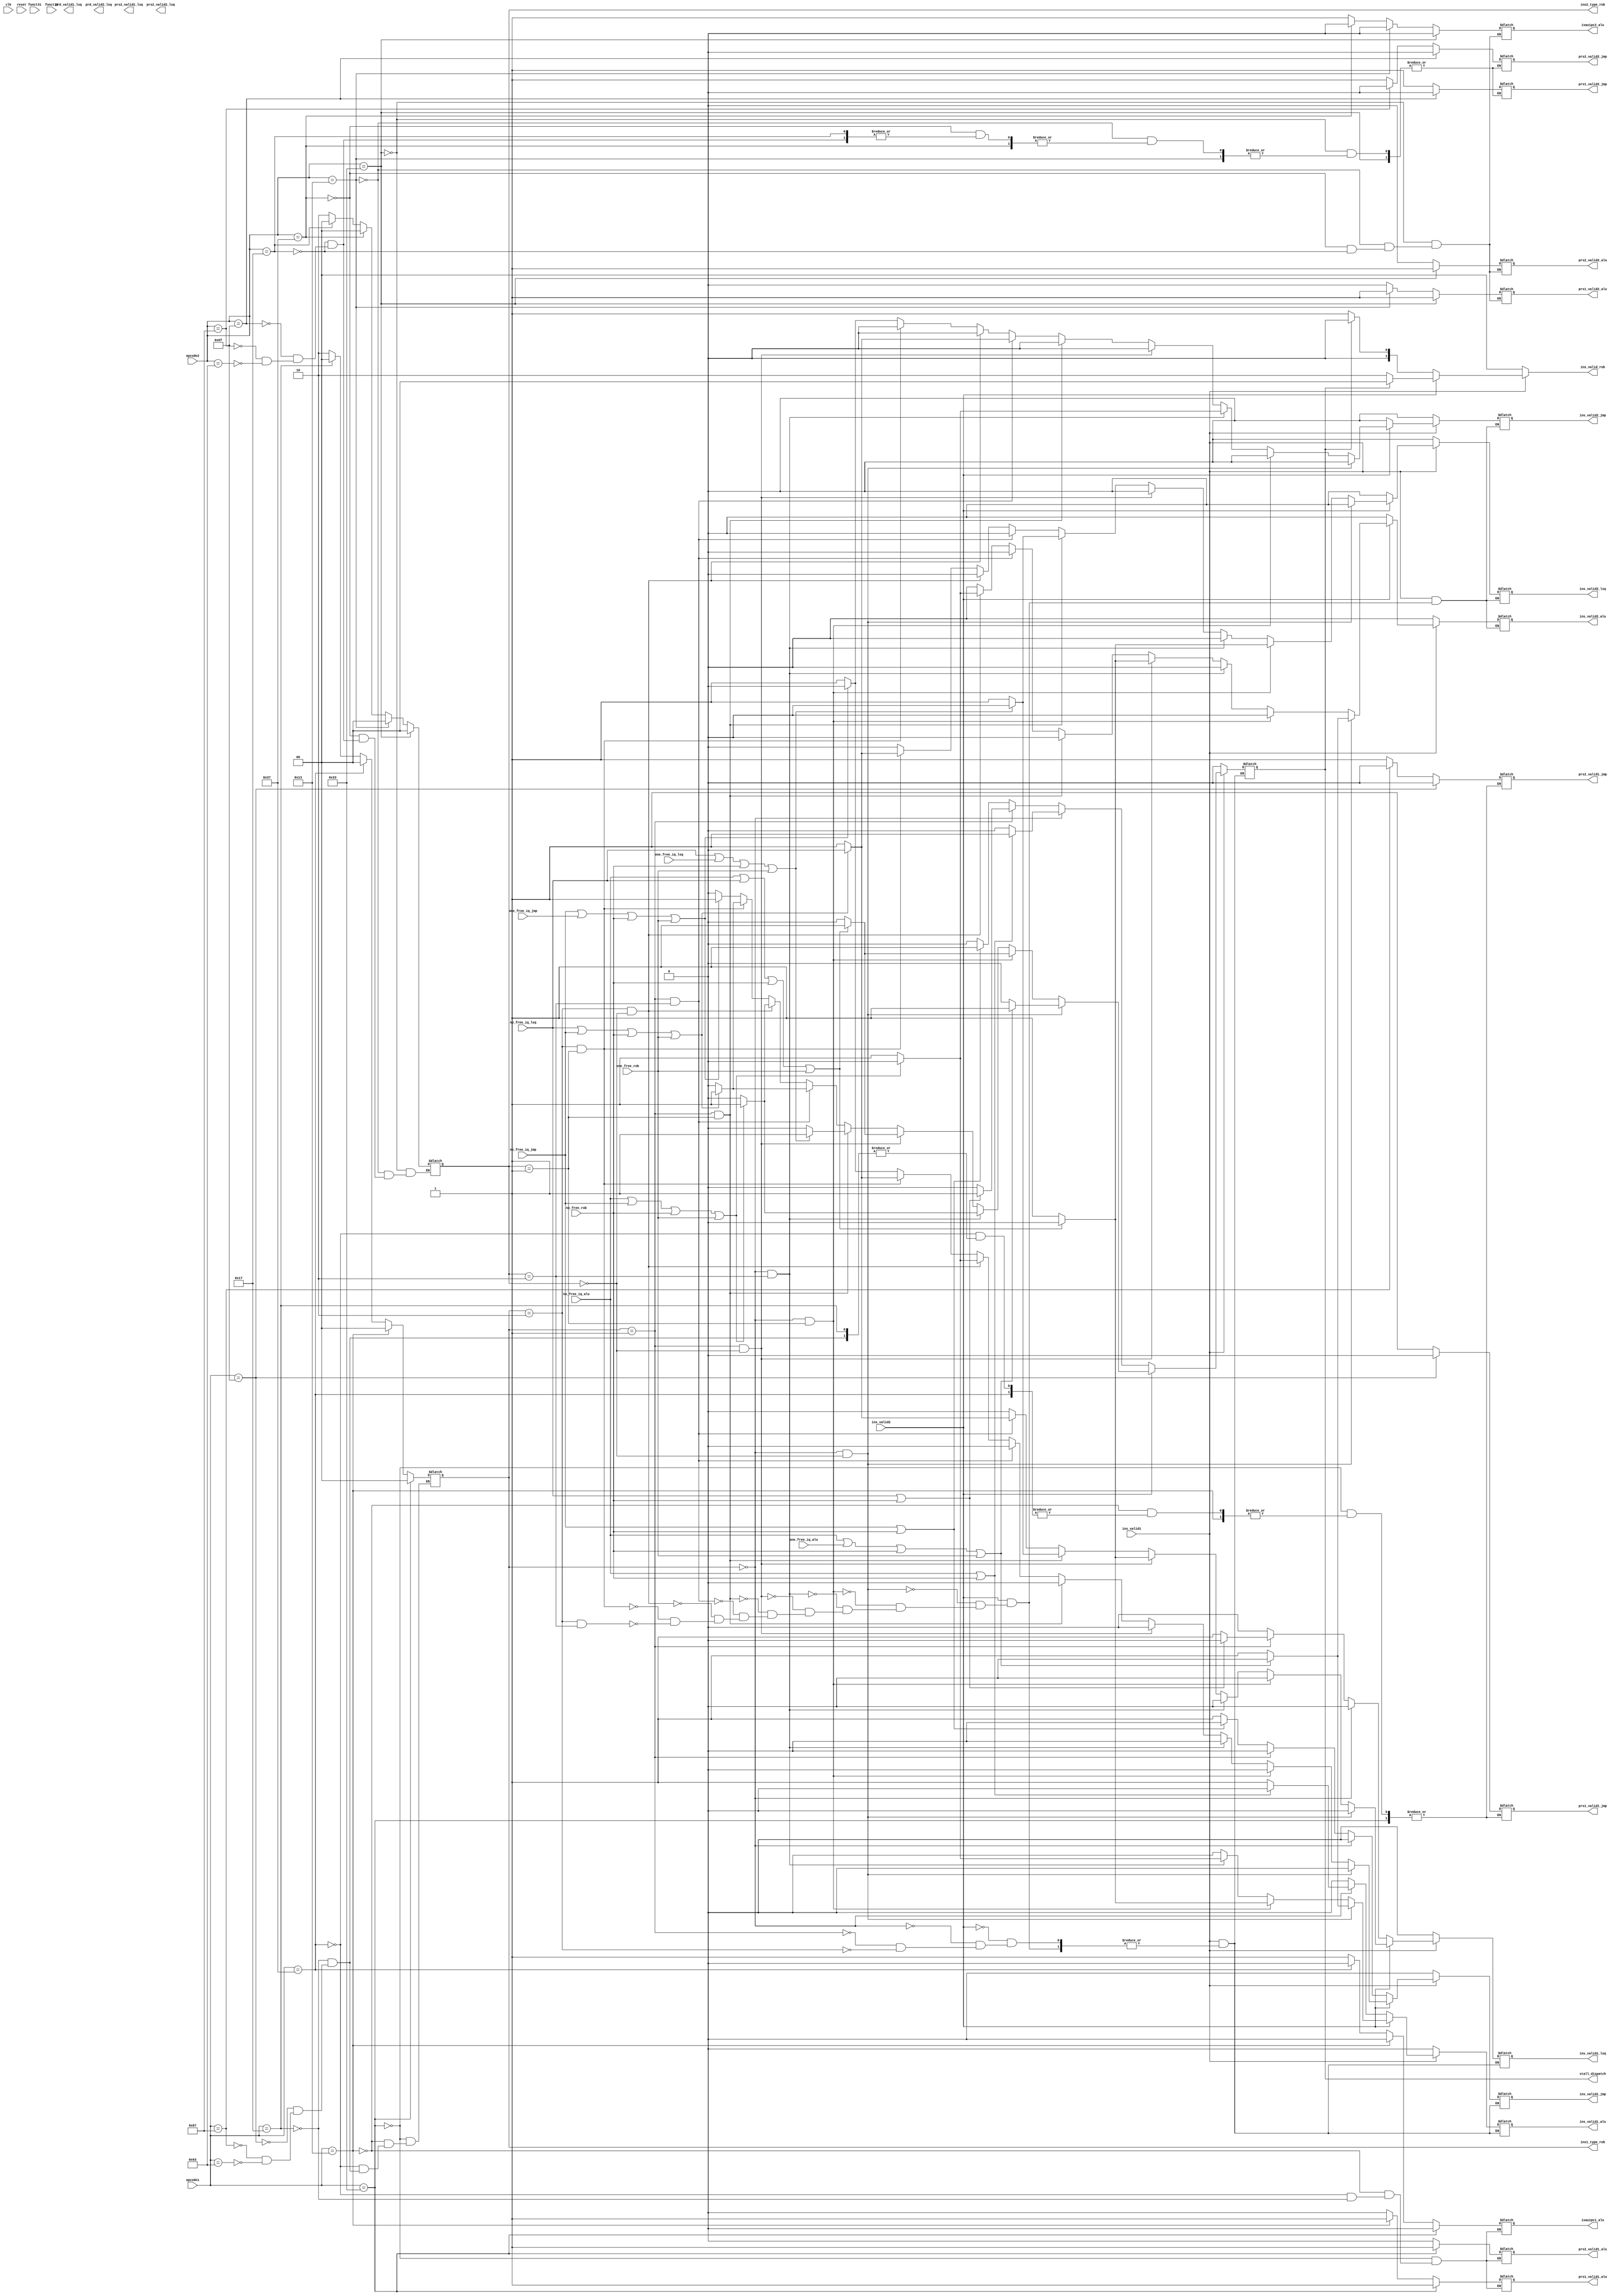
module stage_dispatch (
    input clk,
    input reset,
    
    input [6:0] opcode1,
    //input [5:0] prd1,
    //input [5:0] oprd1,
    //input [5:0] prs11,
    //input [5:0] prs21,
    input [2:0] funct31,
    //input [6:0] funct71,
    //input [11:0] csr1,
    input ins_valid1,
    input [6:0] opcode2,
    //input [5:0] prd2,
    //input [5:0] oprd2,
    //input [5:0] prs12,
    //input [5:0] prs22,
    input [2:0] funct32,
    //input [6:0] funct72,
    //input [11:0] csr2,
    input ins_valid2,

    // to alu iq
    input no_free_iq_alu,
    input one_free_iq_alu,
    output reg ins_valid1_alu,
    //output reg [5:0] prd_alu,
    //output reg [5:0] prs1_alu,
    output reg prs1_valid1_alu,
    //output reg [5:0] prs2_alu,
    output reg prs2_valid1_alu,
    output reg isauipc1_alu,  // patch
    //output reg [2:0] funct3_alu,
    //output reg [6:0] funct7_alu,
    output reg ins_valid2_alu,
    output reg prs1_valid2_alu,
    output reg prs2_valid2_alu,
    output reg isauipc2_alu,

    // to lsq iq
    input no_free_iq_lsq,
    input one_free_iq_lsq,
    output reg ins_valid1_lsq,
    output reg prd_valid1_lsq,
    output reg prs2_valid1_lsq,
    output reg ins_valid2_lsq,
    output reg prd_valid2_lsq,
    output reg prs2_valid2_lsq,

    // to jmp iq
    input no_free_iq_jmp,
    input one_free_iq_jmp,
    output reg ins_valid1_jmp,
    output reg prs1_valid1_jmp,//
    output reg prs2_valid1_jmp,//
    output reg ins_valid2_jmp,
    output reg prs1_valid2_jmp,//
    output reg prs2_valid2_jmp,//

    // ROB
    input no_free_rob,
    input one_free_rob,
    output reg [1:0] ins_valid_rob,
    output reg [1:0] ins1_type_rob,  // 00: alu, 01: lsq, 10: jmp
    output reg [1:0] ins2_type_rob,

    // stall
    output reg stall_dispatch

);

//reg [1:0] ins1_type_rob;
//reg [1:0] ins2_type_rob;

always @(*) begin
    if (!ins_valid1) begin
        ins_valid1_alu <= 1'b0;
        ins_valid2_alu <= 1'b0;
        ins_valid1_lsq <= 1'b0;
        ins_valid2_lsq <= 1'b0;
        ins_valid1_jmp <= 1'b0;
        ins_valid2_jmp <= 1'b0;
        stall_dispatch <= 1'b0;
        ins_valid_rob <= 2'b00;
    end else if (!ins_valid2) begin  // only ins1 valid
        //ins_valid_rob <= (no_free_rob)?2'b00:2'b01;
        ins_valid_rob <= (stall_dispatch)?2'b00:2'b01;
        ins_valid2_alu <= 1'b0;
        ins_valid2_lsq <= 1'b0;
        ins_valid2_jmp <= 1'b0;
        if (ins1_type_rob == 2'b00) begin  // alu
            ins_valid1_alu <= (no_free_iq_alu | no_free_rob)?1'b0:1'b1;
            ins_valid1_lsq <= 1'b0;
            ins_valid1_jmp <= 1'b0;
            stall_dispatch <= (no_free_iq_alu | no_free_rob)?1'b1:1'b0; 
        end else if (ins1_type_rob == 2'b01) begin  // lsq
            ins_valid1_alu <= 1'b0;
            ins_valid1_lsq <= (no_free_iq_lsq | no_free_rob)?1'b0:1'b1;
            ins_valid1_jmp <= 1'b0;
            stall_dispatch <= (no_free_iq_lsq | no_free_rob)?1'b1:1'b0; 
        end else if (ins1_type_rob == 2'b10) begin  // jmp
            ins_valid1_alu <= 1'b0;
            ins_valid1_lsq <= 1'b0;
            ins_valid1_jmp <= (no_free_iq_jmp | no_free_rob)?1'b0:1'b1;
            stall_dispatch <= (no_free_iq_jmp | no_free_rob)?1'b1:1'b0; 
        end
    end else begin  // both ins valid
        //ins_valid_rob <= (no_free_rob | one_free_rob)?2'b00:2'b10;
        ins_valid_rob <= (stall_dispatch)?2'b00:2'b10;
        // 9 different situations
        if (ins1_type_rob == 2'b00 && ins2_type_rob == 2'b00) begin  // 1alu 2alu
            ins_valid1_alu <= (no_free_iq_alu | one_free_iq_alu | no_free_rob | one_free_rob)?1'b0:1'b1;
            ins_valid2_alu <= (no_free_iq_alu | one_free_iq_alu | no_free_rob | one_free_rob)?1'b0:1'b1;
            ins_valid1_lsq <= 1'b0;
            ins_valid2_lsq <= 1'b0;
            ins_valid1_jmp <= 1'b0;
            ins_valid2_jmp <= 1'b0;
            stall_dispatch <= (no_free_iq_alu | one_free_iq_alu | no_free_rob | one_free_rob)?1'b1:1'b0;
        end else if (ins1_type_rob == 2'b00 && ins2_type_rob == 2'b01) begin  // 1alu 2lsq
            ins_valid1_alu <= (no_free_iq_alu | no_free_iq_lsq | no_free_rob | one_free_rob)?1'b0:1'b1;
            ins_valid2_alu <= 1'b0;
            ins_valid1_lsq <= 1'b0;
            ins_valid2_lsq <= (no_free_iq_alu | no_free_iq_lsq | no_free_rob | one_free_rob)?1'b0:1'b1;
            ins_valid1_jmp <= 1'b0;
            ins_valid2_jmp <= 1'b0;
            stall_dispatch <= (no_free_iq_alu | no_free_iq_lsq | no_free_rob | one_free_rob)?1'b1:1'b0;
        end else if (ins1_type_rob == 2'b00 && ins2_type_rob == 2'b10) begin  // 1alu 2jmp
            ins_valid1_alu <= (no_free_iq_alu | no_free_iq_jmp | no_free_rob | one_free_rob)?1'b0:1'b1;
            ins_valid2_alu <= 1'b0;
            ins_valid1_lsq <= 1'b0;
            ins_valid2_lsq <= 1'b0;
            ins_valid1_jmp <= 1'b0;
            ins_valid2_jmp <= (no_free_iq_alu | no_free_iq_jmp | no_free_rob | one_free_rob)?1'b0:1'b1;
            stall_dispatch <= (no_free_iq_alu | no_free_iq_jmp | no_free_rob | one_free_rob)?1'b1:1'b0;
        end else if (ins1_type_rob == 2'b01 && ins2_type_rob == 2'b00) begin  // 1lsq 2alu
            ins_valid1_alu <= 1'b0;
            ins_valid2_alu <= (no_free_iq_alu | no_free_iq_lsq | no_free_rob | one_free_rob)?1'b0:1'b1;
            ins_valid1_lsq <= (no_free_iq_alu | no_free_iq_lsq | no_free_rob | one_free_rob)?1'b0:1'b1;
            ins_valid2_lsq <= 1'b0;
            ins_valid1_jmp <= 1'b0;
            ins_valid2_jmp <= 1'b0;
            stall_dispatch <= (no_free_iq_alu | no_free_iq_lsq | no_free_rob | one_free_rob)?1'b1:1'b0;
        end else if (ins1_type_rob == 2'b01 && ins2_type_rob == 2'b01) begin  // 1lsq 2lsq
            ins_valid1_alu <= 1'b0;
            ins_valid2_alu <= 1'b0;
            ins_valid1_lsq <= (no_free_iq_lsq | one_free_iq_lsq | no_free_rob | one_free_rob)?1'b0:1'b1;
            ins_valid2_lsq <= (no_free_iq_lsq | one_free_iq_lsq | no_free_rob | one_free_rob)?1'b0:1'b1;
            ins_valid1_jmp <= 1'b0;
            ins_valid2_jmp <= 1'b0;
            stall_dispatch <= (no_free_iq_lsq | one_free_iq_lsq | no_free_rob | one_free_rob)?1'b1:1'b0;
        end else if (ins1_type_rob == 2'b01 && ins2_type_rob == 2'b10) begin  // 1lsq 2jmp
            ins_valid1_alu <= 1'b0;
            ins_valid2_alu <= 1'b0;
            ins_valid1_lsq <= (no_free_iq_lsq | no_free_iq_jmp | no_free_rob | one_free_rob)?1'b0:1'b1;
            ins_valid2_lsq <= 1'b0;
            ins_valid1_jmp <= 1'b0;
            ins_valid2_jmp <= (no_free_iq_lsq | no_free_iq_jmp | no_free_rob | one_free_rob)?1'b0:1'b1;
            stall_dispatch <= (no_free_iq_lsq | no_free_iq_jmp | no_free_rob | one_free_rob)?1'b1:1'b0;
        end else if (ins1_type_rob == 2'b10 && ins2_type_rob == 2'b00) begin  // 1jmp 2alu
            ins_valid1_alu <= 1'b0;
            ins_valid2_alu <= (no_free_iq_alu | no_free_iq_jmp | no_free_rob | one_free_rob)?1'b0:1'b1;
            ins_valid1_lsq <= 1'b0;
            ins_valid2_lsq <= 1'b0;
            ins_valid1_jmp <= (no_free_iq_alu | no_free_iq_jmp | no_free_rob | one_free_rob)?1'b0:1'b1;
            ins_valid2_jmp <= 1'b0;
            stall_dispatch <= (no_free_iq_alu | no_free_iq_jmp | no_free_rob | one_free_rob)?1'b1:1'b0;
        end else if (ins1_type_rob == 2'b10 && ins2_type_rob == 2'b01) begin  // 1jmp 2lsq
            ins_valid1_alu <= 1'b0;
            ins_valid2_alu <= 1'b0;
            ins_valid1_lsq <= 1'b0;
            ins_valid2_lsq <= (no_free_iq_lsq | no_free_iq_jmp | no_free_rob | one_free_rob)?1'b0:1'b1;
            ins_valid1_jmp <= (no_free_iq_lsq | no_free_iq_jmp | no_free_rob | one_free_rob)?1'b0:1'b1;
            ins_valid2_jmp <= 1'b0;
            stall_dispatch <= (no_free_iq_lsq | no_free_iq_jmp | no_free_rob | one_free_rob)?1'b1:1'b0;
        end else if (ins1_type_rob == 2'b10 && ins2_type_rob == 2'b10) begin  // 1jmp 2jmp
            ins_valid1_alu <= 1'b0;
            ins_valid2_alu <= 1'b0;
            ins_valid1_lsq <= 1'b0;
            ins_valid2_lsq <= 1'b0;
            ins_valid1_jmp <= (no_free_iq_jmp | one_free_iq_jmp | no_free_rob | one_free_rob)?1'b0:1'b1;
            ins_valid2_jmp <= (no_free_iq_jmp | one_free_iq_jmp | no_free_rob | one_free_rob)?1'b0:1'b1;
            stall_dispatch <= (no_free_iq_jmp | one_free_iq_jmp | no_free_rob | one_free_rob)?1'b1:1'b0;
        end
    end
end

always @(*) begin
    // ins1
    if (opcode1 == 7'b0110011) begin
        ins1_type_rob <= 2'b00;
        prs1_valid1_alu <= 1'b1;
        prs2_valid1_alu <= 1'b1;
        isauipc1_alu <= 1'b0;
    end else if (opcode1 == 7'b0010011) begin
        ins1_type_rob <= 2'b00;
        prs1_valid1_alu <= 1'b1;
        prs2_valid1_alu <= 1'b0;
        isauipc1_alu <= 1'b0;
    end else if (opcode1 == 7'b0110111) begin
        ins1_type_rob <= 2'b00;
        prs1_valid1_alu <= 1'b0;
        prs2_valid1_alu <= 1'b0;
        isauipc1_alu <= 1'b0;
    end else if (opcode1 == 7'b0010111) begin
        ins1_type_rob <= 2'b00;
        prs1_valid1_alu <= 1'b0;
        prs2_valid1_alu <= 1'b0;
        isauipc1_alu <= 1'b1;
    end else if (opcode1 == 7'b1101111) begin  // jmp
        ins1_type_rob <= 2'b10;
        prs1_valid1_jmp <= 1'b0;
        prs2_valid1_jmp <= 1'b0;
    end else if (opcode1 == 7'b1100111) begin
        ins1_type_rob <= 2'b10;
        prs1_valid1_jmp <= 1'b1;
        prs2_valid1_jmp <= 1'b0;
    end else if (opcode1 == 7'b1100011) begin
        ins1_type_rob <= 2'b10;
        prs1_valid1_jmp <= 1'b1;
        prs2_valid1_jmp <= 1'b1;
    end
    

    // ins2
    if (opcode2 == 7'b0110011) begin
        ins2_type_rob <= 2'b00;
        prs1_valid2_alu <= 1'b1;
        prs2_valid2_alu <= 1'b1;
        isauipc2_alu <= 1'b0;
    end else if (opcode2 == 7'b0010011) begin
        ins2_type_rob <= 2'b00;
        prs1_valid2_alu <= 1'b1;
        prs2_valid2_alu <= 1'b0;
        isauipc2_alu <= 1'b0;
    end else if (opcode2 == 7'b0110111) begin
        ins2_type_rob <= 2'b00;
        prs1_valid2_alu <= 1'b0;
        prs2_valid2_alu <= 1'b0;
        isauipc2_alu <= 1'b0;
    end else if (opcode2 == 7'b0010111) begin
        ins2_type_rob <= 2'b00;
        prs1_valid2_alu <= 1'b0;
        prs2_valid2_alu <= 1'b0;
        isauipc2_alu <= 1'b1;
    end else if (opcode2 == 7'b1101111) begin  // jmp
        ins2_type_rob <= 2'b10;
        prs1_valid2_jmp <= 1'b0;
        prs2_valid2_jmp <= 1'b0;
    end else if (opcode2 == 7'b1100111) begin
        ins2_type_rob <= 2'b10;
        prs1_valid2_jmp <= 1'b1;
        prs2_valid2_jmp <= 1'b0;
    end else if (opcode2 == 7'b1100011) begin
        ins2_type_rob <= 2'b10;
        prs1_valid2_jmp <= 1'b1;
        prs2_valid2_jmp <= 1'b1;
    end
end

    
endmodule